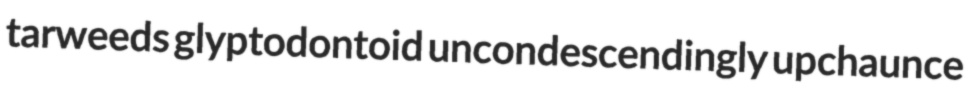
tarweeds glyptodontoid uncondescendingly upchaunce